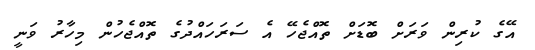
އޭގެ ކުރިން ވަރަށް ބޮޑަށް ތޮއްޖެހޭ އެ ސަރަހައްދުގެ ތޮއްޖެހުން މިހާރު ވަނީ